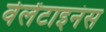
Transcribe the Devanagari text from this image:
वेलेंटाइनंस